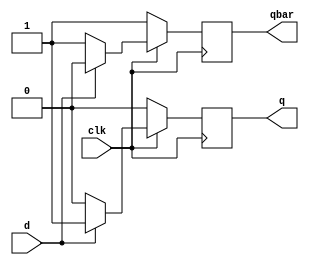
`timescale 1ns / 1ps

module D_FF(
input d,clk,
output reg q,qbar );

always@(posedge clk)
begin
q=1'b0;qbar=1'b1;

if(clk==1)
begin
if(d==0)
begin
q=1'b0;qbar=1'b1;
end
if(d==1)
begin
q=1'b1;qbar=1'b0;
end
end

if(clk==0)
begin
q=q; qbar=qbar;
end
end
endmodule